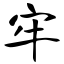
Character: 牢